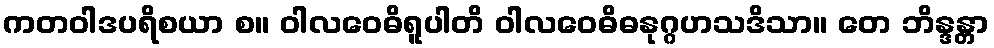
ကတဝါဒပရိစယာ စ။ ဝါလဝေဓိရူပါတိ ဝါလဝေဓိဓနုဂ္ဂဟသဒိသာ။ တေ ဘိန္ဒန္တာ